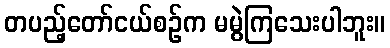
တပည့်တော်ငယ်စဉ်က မမွဲကြသေးပါဘူး။